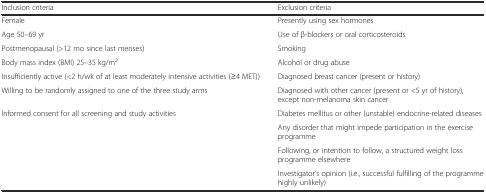
<table><thead><tr><td><b>Inclusion criteria</b></td><td><b>Exclusion criteria</b></td></tr></thead><tbody><tr><td>Female</td><td>Presently using sex hormones</td></tr><tr><td>Age 50–69 yr</td><td>Use of β-blockers or oral corticosteroids</td></tr><tr><td>Postmenopausal (&gt;12 mo since last menses)</td><td>Smoking</td></tr><tr><td>Body mass index (BMI) 25–35 kg/m<sup>2</sup></td><td>Alcohol or drug abuse</td></tr><tr><td>Insufficiently active (&lt;2 h/wk of at least moderately intensive activities (≥4 MET))</td><td>Diagnosed breast cancer (present or history)</td></tr><tr><td>Willing to be randomly assigned to one of the three study arms</td><td>Diagnosed with other cancer (present or &lt;5 yr of history), except non-melanoma skin cancer</td></tr><tr><td>Informed consent for all screening and study activities</td><td>Diabetes mellitus or other (unstable) endocrine-related diseases</td></tr><tr><td></td><td>Any disorder that might impede participation in the exercise programme</td></tr><tr><td></td><td>Following, or intention to follow, a structured weight loss programme elsewhere</td></tr><tr><td></td><td>Investigator’s opinion (i.e., successful fulfilling of the programme highly unlikely)</td></tr></tbody></table>